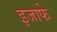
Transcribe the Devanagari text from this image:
इजाफे